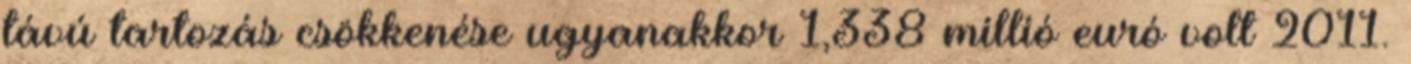
távú tartozás csökkenése ugyanakkor 1,338 millió euró volt 2011.